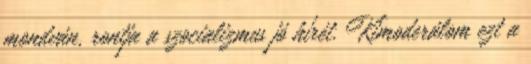
mondván, rontja a szocializmus jó hírét. Kimoderálom ezt a